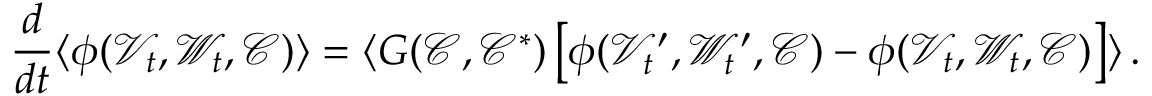
\frac { d } { d t } \langle \phi ( \mathcal { V } _ { t } , \mathcal { W } _ { t } , \mathcal { C } ) \rangle = \langle G ( \mathcal { C } , \mathcal { C } ^ { * } ) \left[ \phi ( \mathcal { V } _ { t } ^ { \prime } , \mathcal { W } _ { t } ^ { \prime } , \mathcal { C } ) - \phi ( \mathcal { V } _ { t } , \mathcal { W } _ { t } , \mathcal { C } ) \right] \rangle \, .